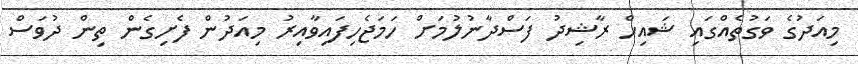
މިއަދުގެ ވަގުތެއްގައި ޝައިހް ރާޝިދު ފަސްދާނުލުމަށް ހަމަޖެހިފައިވާއިރު މިއަދުން ފެށިގެން ތިން ދުވަސް